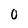
Character: 0